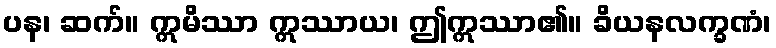
ပန၊ ဆက်။ ဣမိဿာ ဣဿာယ၊ ဤဣဿာ၏။ ခိယနလက္ခဏံ၊